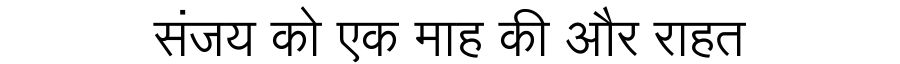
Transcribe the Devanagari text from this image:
संजय को एक माह की और राहत